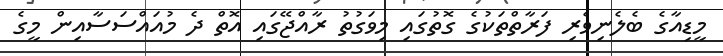
މީޑިއާގެ ބެލެނިވެރި ފަރާތްތަކުގެ ގޮތުގައި މިވަގުތު ރާއްޖޭގައި އޮތް ދެ މުއައްސަސާއިން މީގެ